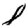
Digit: 8